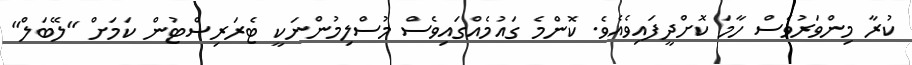
ކުރާ މިންވަރުވެސް ހާމަ ކޮށްދީފައިވެއެވެ. ކޮންމެ ގައުމެއްގައިވެސް މުސްލިމުންނަކީ ޓެރަރިސްޓުން ކަމަށް "ލޭބަލް"